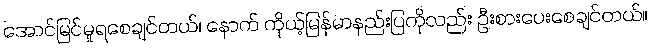
အောင်မြင်မှုရစေချင်တယ်၊ နောက် ကိုယ့်မြန်မာနည်းပြကိုလည်း ဦးစားပေးစေချင်တယ်။